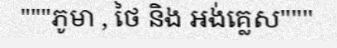
"""ភូមា , ថៃ និង អង់គ្លេស"""